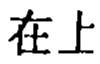
在上